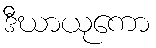
ဒီဃာယုကော